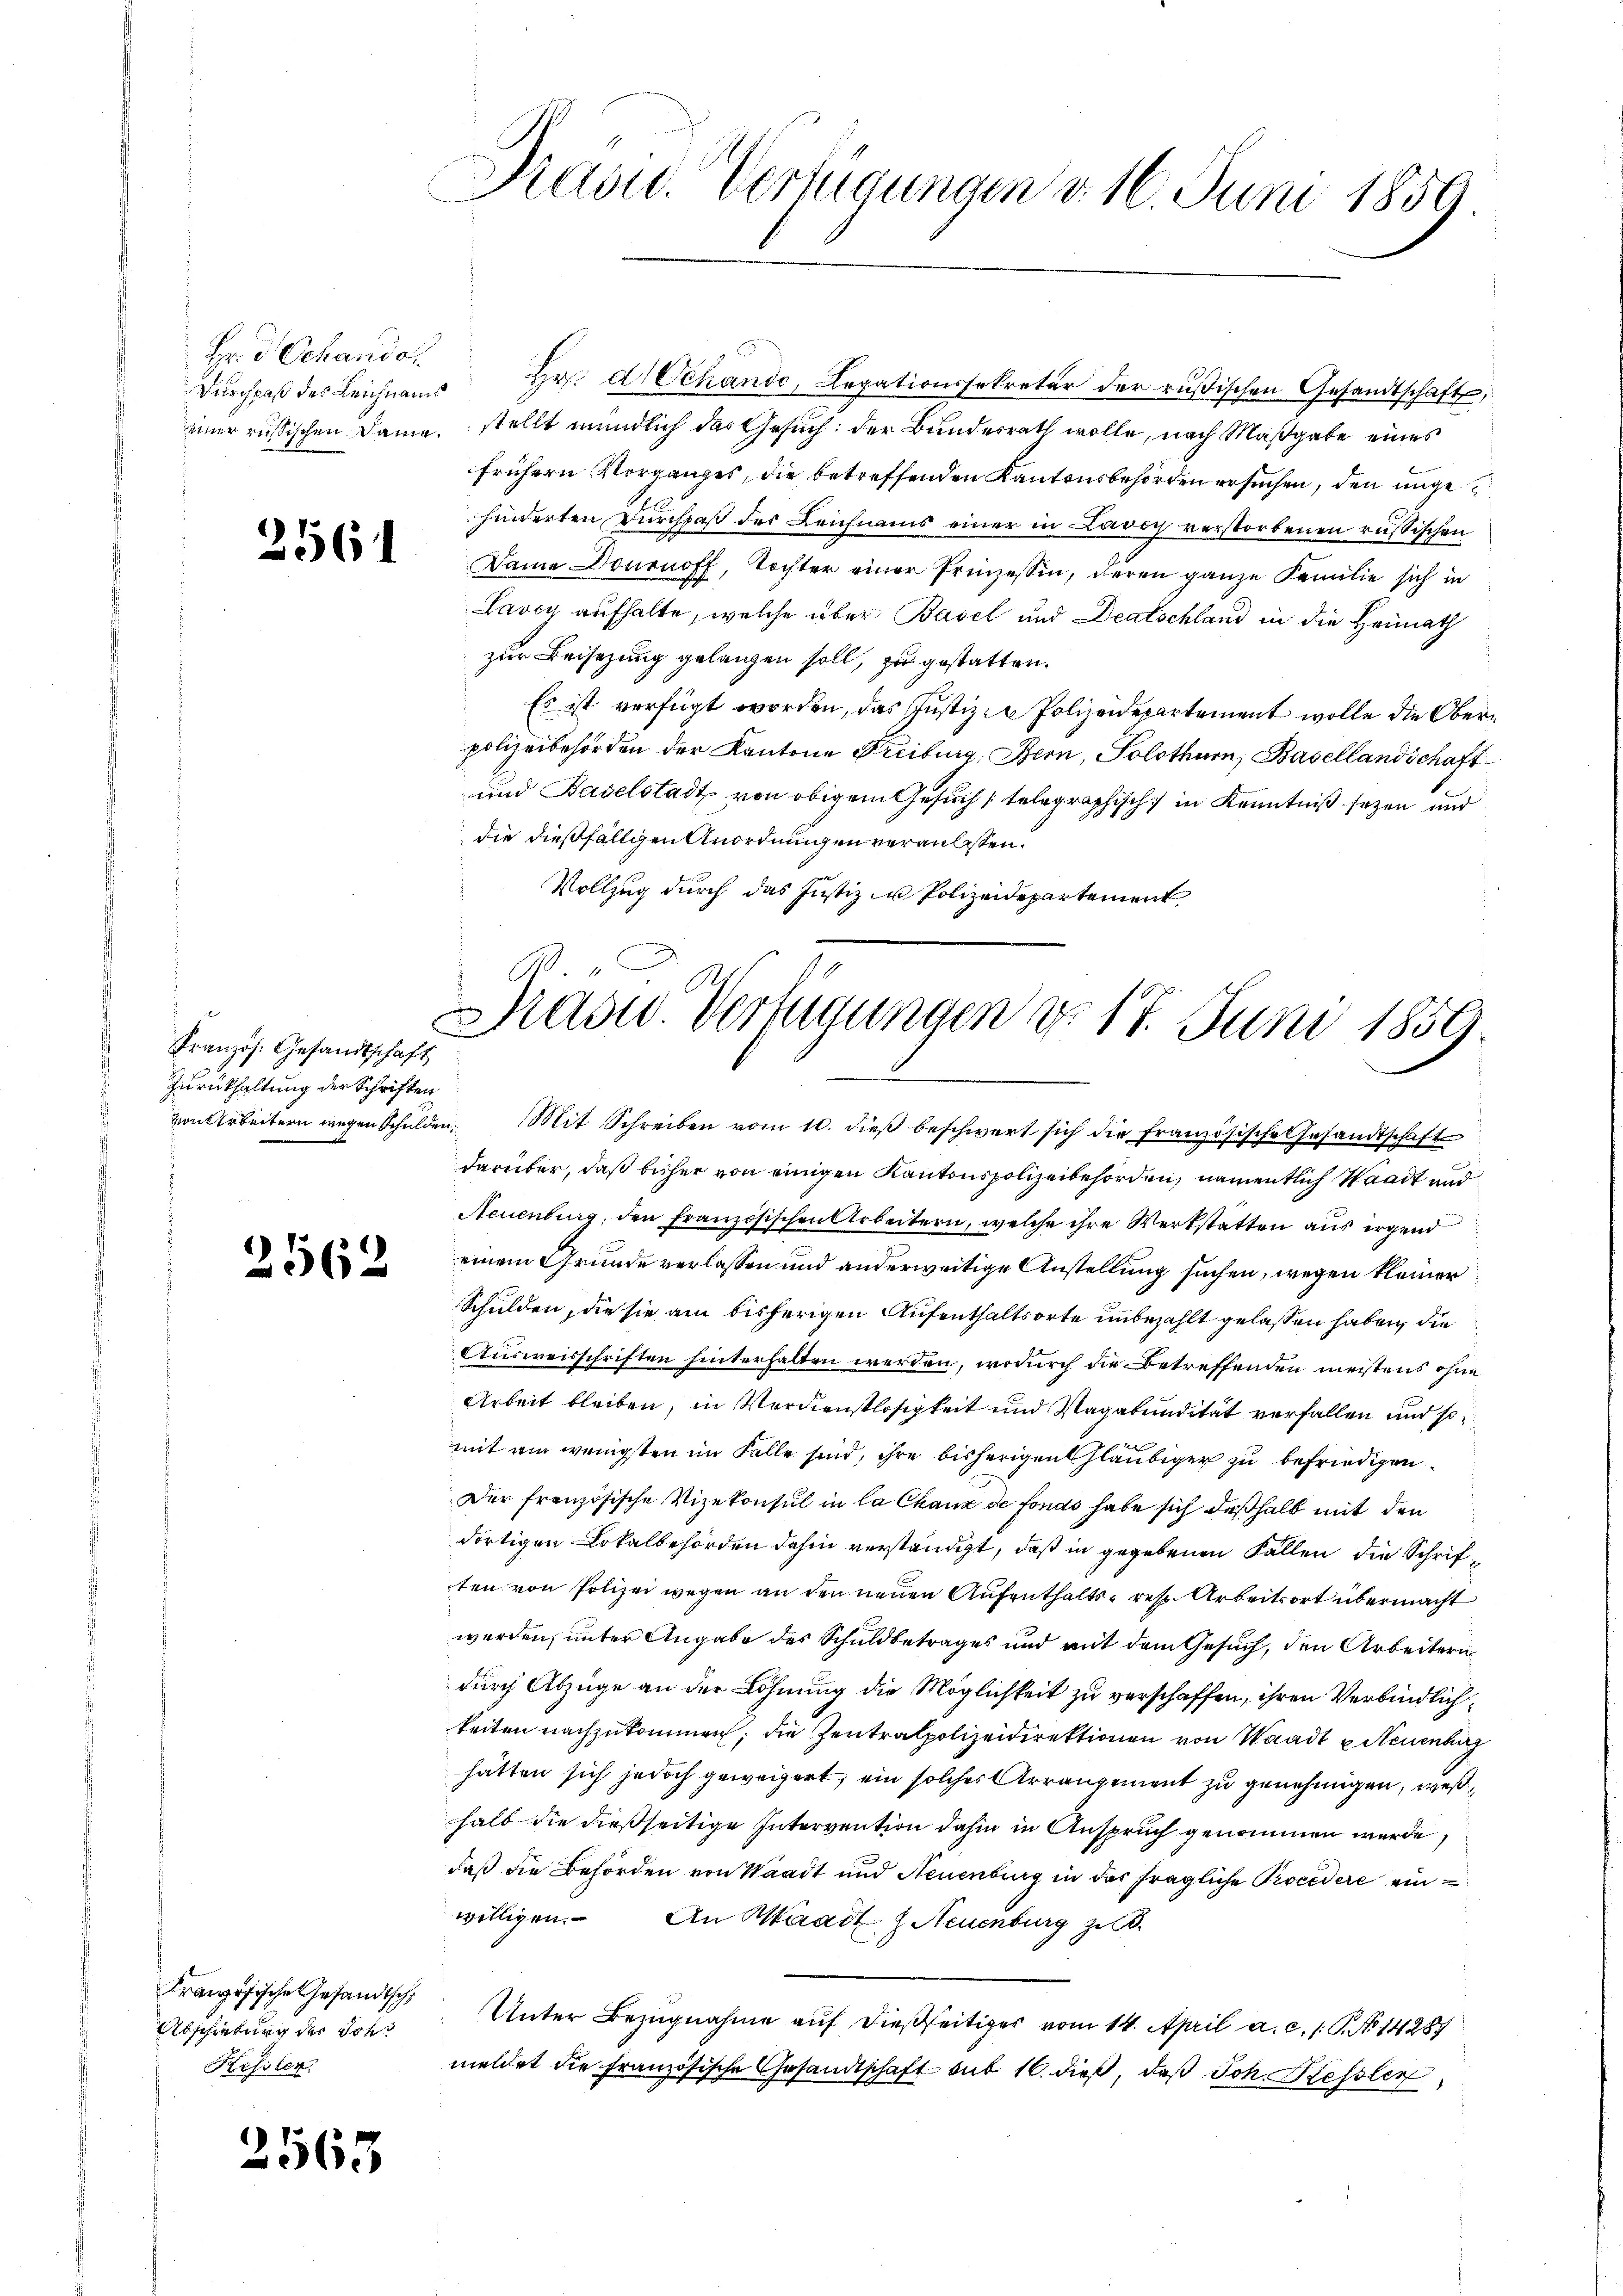
Hr. Dr Schande

d

2561

Französ. Gesandtschaft
Zurückhaltung der Schriften

2562

Französische Gesandtsch
Abschiebung der Sch
Kessler.

1563

Dŭrchpaβ des Leichnams Hr. Schanic, Legationssekretär der rüβischen Gesandtschaft,
einer russischen Dame, stellt mündlich das Gesuch der Bundesrath wolle, nach Maßgabe eines
frühern Vorganges, die betreffenden Kantonsbehörden ersuchen, den ungehinderten Durchpaß der Leichnams einer in Lavoy verstorbenen russischen
Dame Dournoff, Tochter einer Prinzessin, deren ganze Familie sich in
Lavey aufhalte, welche über Basel und Deutschland in die Heimath
zur Beisezung gelangen soll, zu gestatten.
Es ist verfügt worden, das Justiz- Polizeidepartement wolle die Oberpolizeibehörden der Kantone Freiburg, Bern, Solothurn, Basellandschaft
und Baselstadt von obigem Gesuch telegraphisch in Kenntniß sezen und
die dießfälligen Anordnungen veranlassen.
Vollzug durch das Justiz in Polizeidepartement

Pravid. Verfügungen d. 16. Juni 1859

Prasw. Verfügungen d. 17. Juni 1859.

von Arbeitern wegen Schulden. Mit Schreiben vom 10. dieß beschwert sich die französische Gesandtschaft
darüber, daß bisher von einigen Kantonspolizeibehörden, namentlich Waadt und
Neuenburg, den Französischen Arbeitern, welche ihre Werkstätten aus irgend
einem Grunde verlassen und anderweitige Anstellung suchen, wegen kleiner
Schulden, die sie am bisherigen Aufenthaltsorte unbezahlt gelassen haben, die
Ausweisschriften hinterhalten werden, wodurch die Betreffenden meistens ohne
Arbeit bleiben, in Verdienstlosigkeit und Vagabundität verfallen und so
mit am wenigsten im Falle sind, ihre bisherigen Gläubiger zu befriedigen
Der französische Vizekonsul in la Chaux de fonds habe sich deßhalb mit den
dortigen Lokalbehörden dahin verständigt, daß in gegebenen Fällen die Schriften von Polizei wegen an den neuen Aufenthalts- resp. Arbeitsort übermacht
werden, unter Angabe des Schuldbetrages und mit dem Gesuch, den Arbeitern
durch Abzüge an der Löhnung die Möglichkeit zu verschaffen, ihren Verbindlichkeiten nachzukommen, die Zentralpolizeidirektionen von Waadt Neuenburg
hätten sich jedoch geweigert, ein solches Arrangement zu genehmigen, weßhalb die dießseitige Intervention dahin in Anspruch genommen werde,
daß die Behörden von Waadt und Neuenburg in der fragliche Procedere einwilligen. An Waadt, Neuenburg zu
Unter Bezugnahme auf dießseitiges vom 14. April a. c. 1 S. No 14287
meldet die Französische Gesandtschaft sub 16. dieß, daß Joh. Hessler